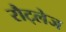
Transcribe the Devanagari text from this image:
रौट्लेज